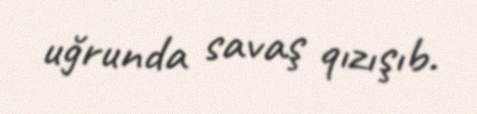
uğrunda savaş qızışıb.